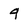
Character: 9